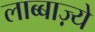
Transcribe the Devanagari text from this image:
लाब्बाज़्ये